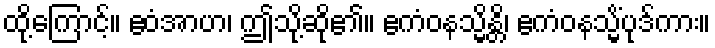
ထို့ကြောင့်။ ဧဝံအာဟ၊ ဤသို့ဆို၏။ ဧကံဝနသ္မိန္တိ၊ ဧကံဝနသ္မိံပုဒ်ကား။